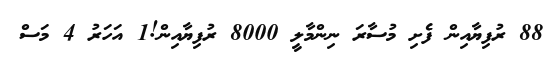
88 ރުފިޔާއިން ފެށި މުސާރަ ނިންމާލީ 8000 ރުފިޔާއިން!1 އަހަރު 4 މަސް